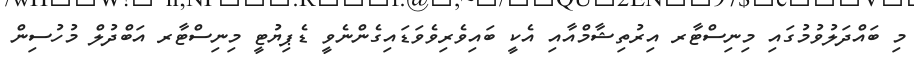
މި ބައްދަލުވުމުގައި މިނިސްޓާރ އިރުތިޝާމްއާއި އެކީ ބައިވެރިވެވަޑައިގެންނެވީ ޑެޕިޔުޓީ މިނިސްޓާރ އަބްދުލް މުހުސިން